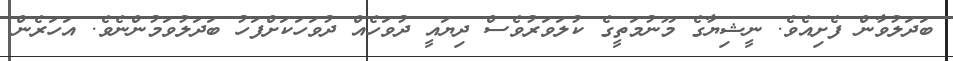
ބަދަލުވާން ފެށިއެވެ. ނީޝިޔާގެ މޫނުމަތީގެ ކުލަވަރުވެސް ދިޔައީ ދުވަހެއް ދުވަހަަކަށްފަހު ބަދަލުވަމުންނެވެ. އަހަރެން